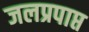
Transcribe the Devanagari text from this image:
जलप्रपाप्त